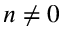
n \neq 0